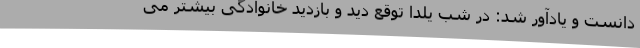
دانست و یادآور شد: در شب یلدا توقع دید و بازدید خانوادگی بیشتر می